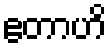
ဧတာဟိ